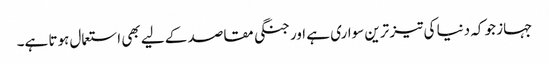
جہاز جو کہ دنیا کی تیز ترین سواری ہے اور جنگی مقاصد کے لیے بھی استعمال ہوتا ہے۔